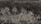
تطفو